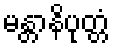
မန္တာနိပုတ္တံ